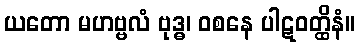
ယတော မဟဗ္ဗလံ ဗုဒ္ဓ၊ ဝစနေ ပါဋဝတ္ထိနံ။